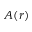
A ( r )